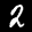
Label: 2